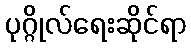
ပုဂ္ဂိုလ်ရေးဆိုင်ရာ